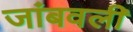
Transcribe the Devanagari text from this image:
जांबवली